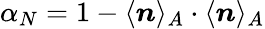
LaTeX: \alpha_{N}=1-\langle\boldsymbol{n}\rangle_{A}\cdot\langle\boldsymbol{n}\rangle_{A}